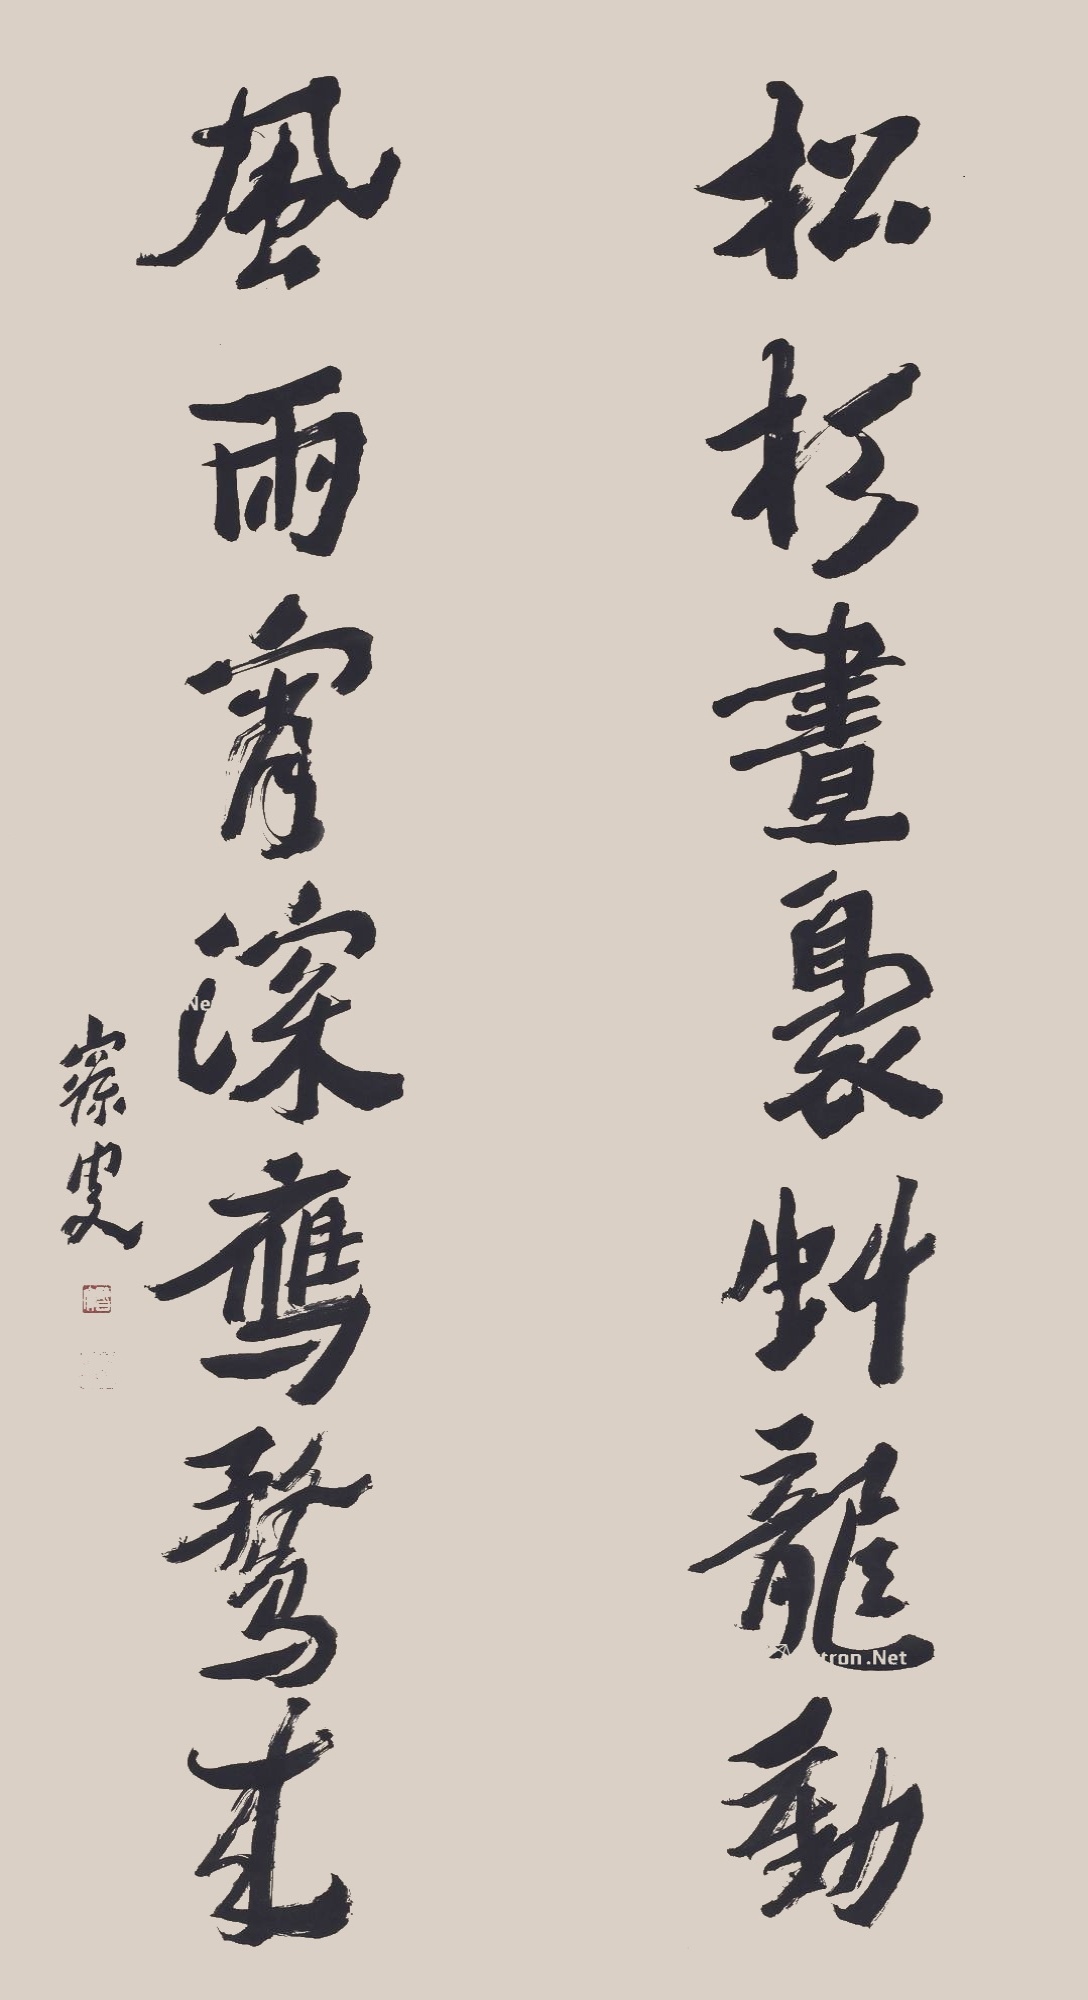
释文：松杉昼袅虬龙动，风雨宵深雁鹜来。寐叟。